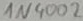
Text: 1N4002